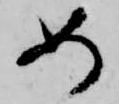
如